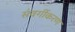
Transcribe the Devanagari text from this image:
संवर्गीकरण